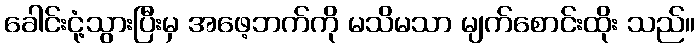
ခေါင်းငုံ့သွားပြီးမှ အဖေ့ဘက်ကို မသိမသာ မျက်စောင်းထိုး သည်။